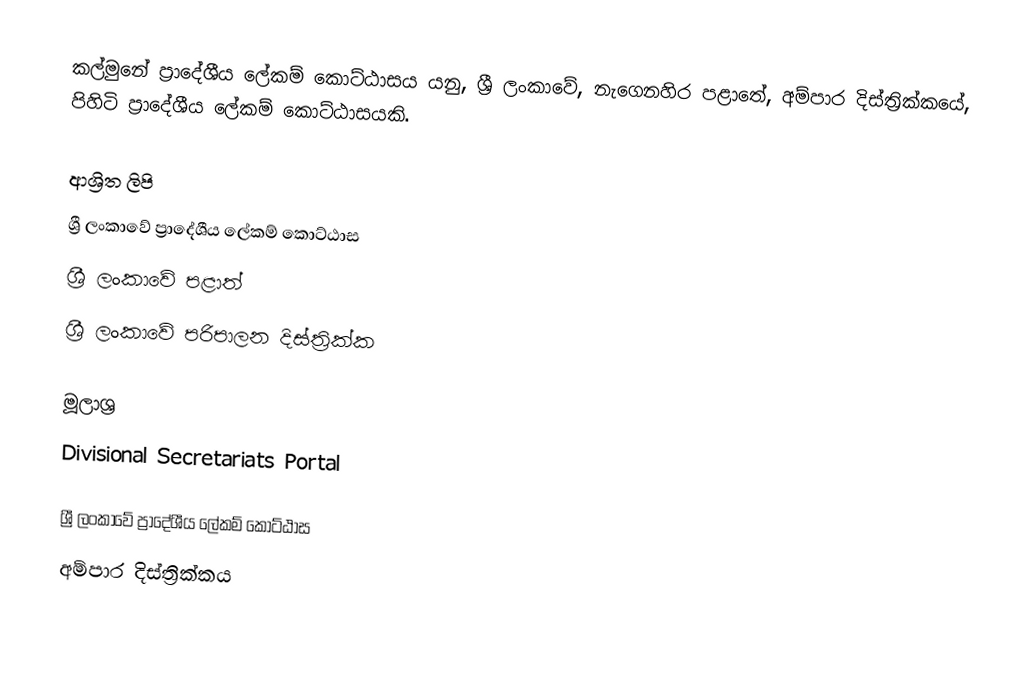
කල්මුනේ ප්‍රාදේශීය ලේකම් කොට්ඨාසය යනු,  ශ්‍රී ලංකාවේ, නැගෙනහිර පළාතේ,   අම්පාර දිස්ත්‍රික්කයේ, පිහිටි ප්‍රාදේශීය ලේකම් කොට්ඨාසයකි.

ආශ්‍රිත ලිපි
ශ්‍රී ලංකාවේ ප්‍රාදේශීය ලේකම් කොට්ඨාස
ශ්‍රී ලංකාවේ පළාත්
ශ්‍රී ලංකාවේ පරිපාලන දිස්ත්‍රික්ක

මූලාශ්‍ර
 Divisional Secretariats Portal

ශ්‍රී ලංකාවේ ප්‍රාදේශීය ලේකම් කොට්ඨාස
අම්පාර දිස්ත්‍රික්කය